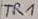
Text: TR1